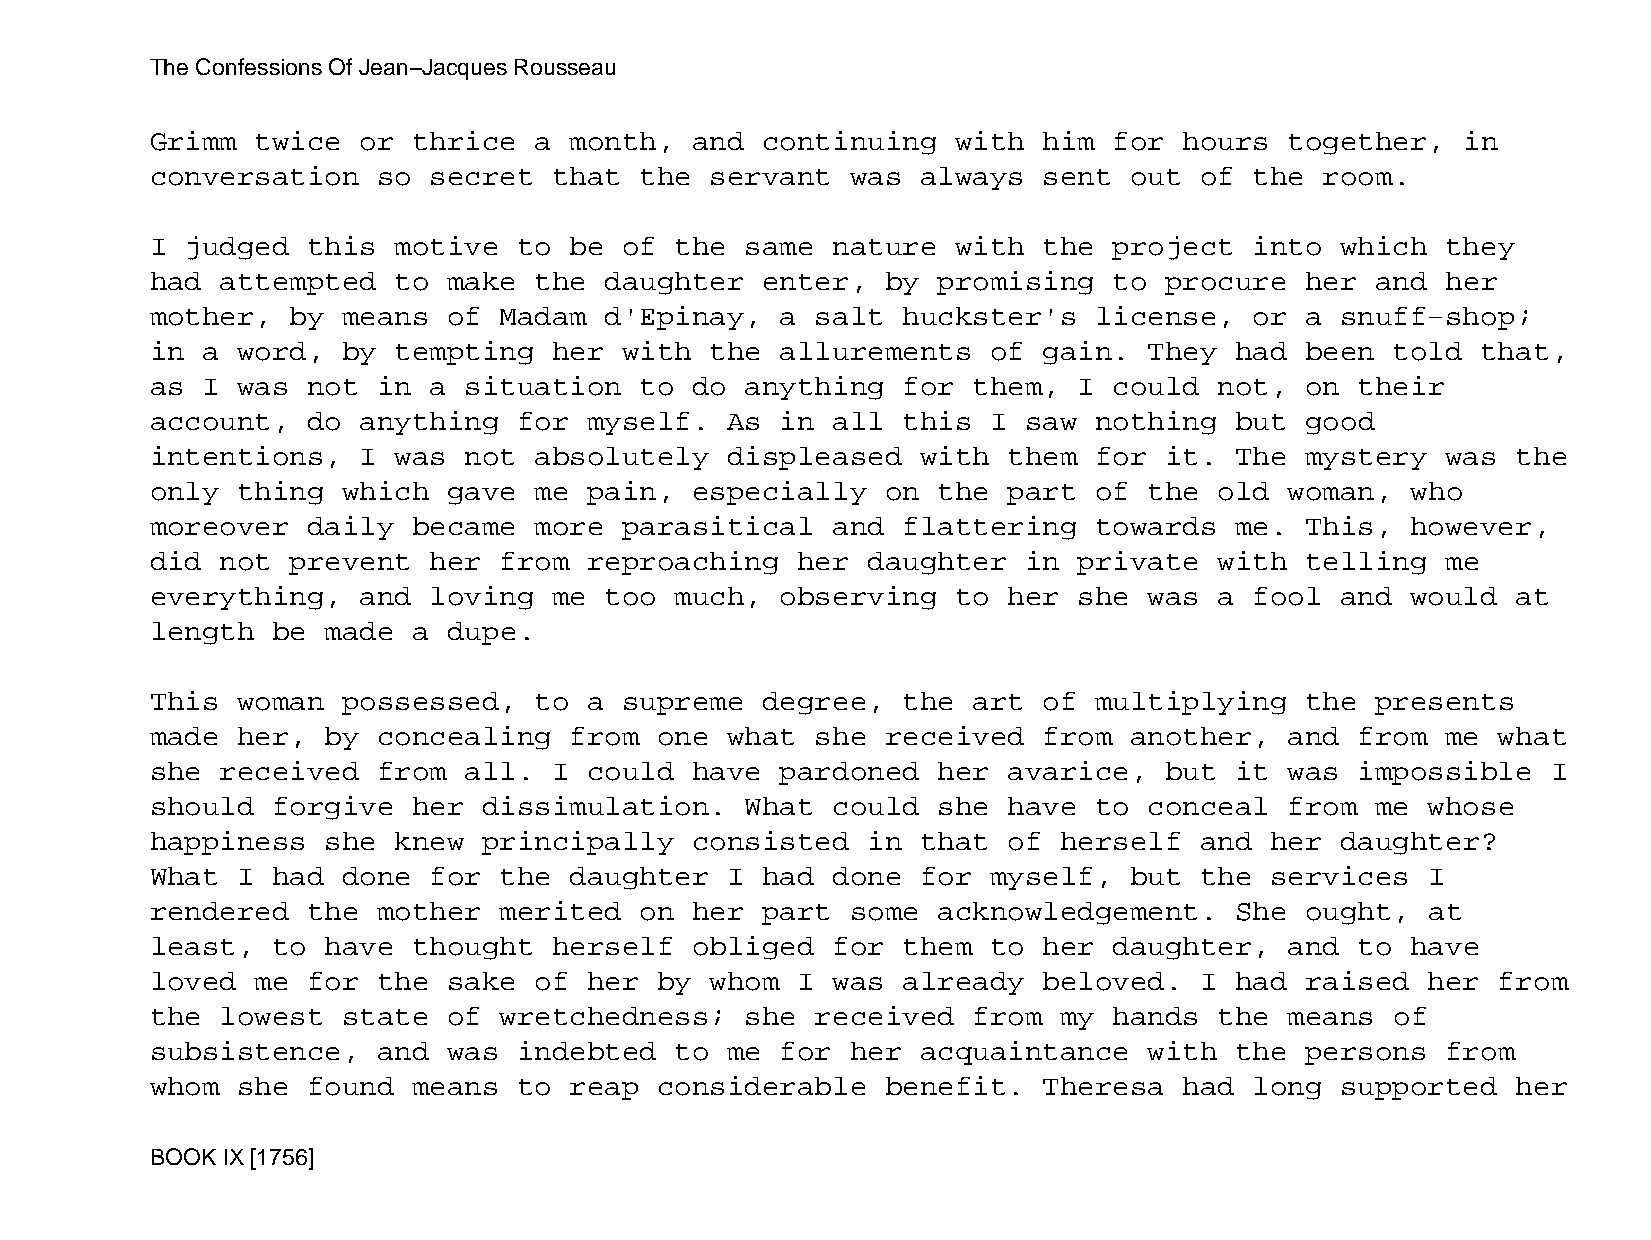
The Confessions Of Jean−Jacques Rousseau
 Grimm  twice  or thrice  a  month,  and continuing   with  him  for hours  together,   in
 conversation   so secret   that the  servant  was  always  sent  out of  the  room.
 I judged  this  motive  to  be of  the same  nature  with  the  project  into  which  they
 had  attempted  to  make the  daughter  enter,   by promising   to procure  her  and  her
 mother,  by  means  of Madam  d'Epinay,   a salt  huckster's  license,   or a  snuff−shop;
 in a  word,  by tempting   her with  the  allurements   of gain.  They  had been  told  that,
 as I  was not  in a  situation  to  do anything   for them,  I  could  not, on  their
 account,  do  anything  for  myself.  As  in all  this  I saw nothing   but good
 intentions,   I was  not absolutely   displeased   with  them for  it.  The mystery   was the
 only  thing  which  gave me  pain,  especially   on the  part of  the  old woman,  who
 moreover  daily  became  more  parasitical   and  flattering  towards   me. This,  however,
 did  not prevent  her  from  reproaching   her daughter   in private   with telling   me
 everything,   and loving   me too  much,  observing  to  her she  was  a fool  and would  at
 length  be  made a  dupe.
 This  woman  possessed,  to  a supreme  degree,   the art  of multiplying   the  presents
 made  her,  by concealing   from  one what  she  received  from  another,  and  from  me what
 she  received  from  all.  I could  have  pardoned  her  avarice,  but  it was  impossible   I
 should  forgive  her  dissimulation.   What  could  she  have to  conceal  from  me  whose
 happiness   she knew  principally   consisted  in  that  of herself  and  her  daughter?
 What  I had  done for  the  daughter  I had  done  for  myself,  but the  services   I
 rendered  the  mother  merited  on  her part  some  acknowledgement.    She ought,   at
 least,  to  have thought   herself  obliged  for  them  to her  daughter,  and  to have
 loved  me for  the  sake of  her  by whom  I was  already  beloved.  I  had raised   her from
 the  lowest  state  of wretchedness;   she  received  from  my  hands  the means  of
 subsistence,   and  was indebted   to me  for her  acquaintance   with  the persons   from
 whom  she found  means  to  reap  considerable   benefit.  Theresa  had  long  supported  her
 BOOK IX [1756]